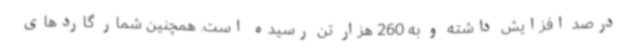
درصد افزایش داشته و به 260 هزار تن رسیده است. همچنین شمار گاردهای